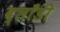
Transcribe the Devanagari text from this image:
ब्लाँडी